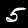
Label: 5